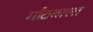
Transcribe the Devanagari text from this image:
गाँठवाला